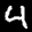
Label: 4